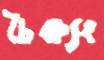
চৈক্ষ্যং